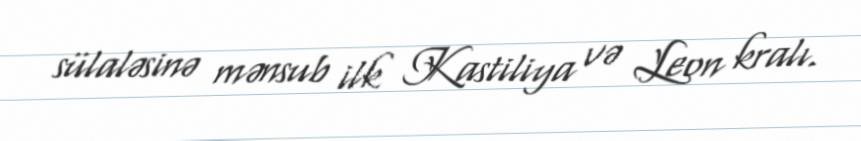
sülaləsinə mənsub ilk Kastiliya və Leon kralı.